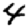
Digit: 4